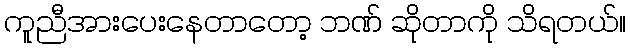
ကူညီအားပေးနေတာတော့ ဘဏ် ဆိုတာကို သိရတယ်။